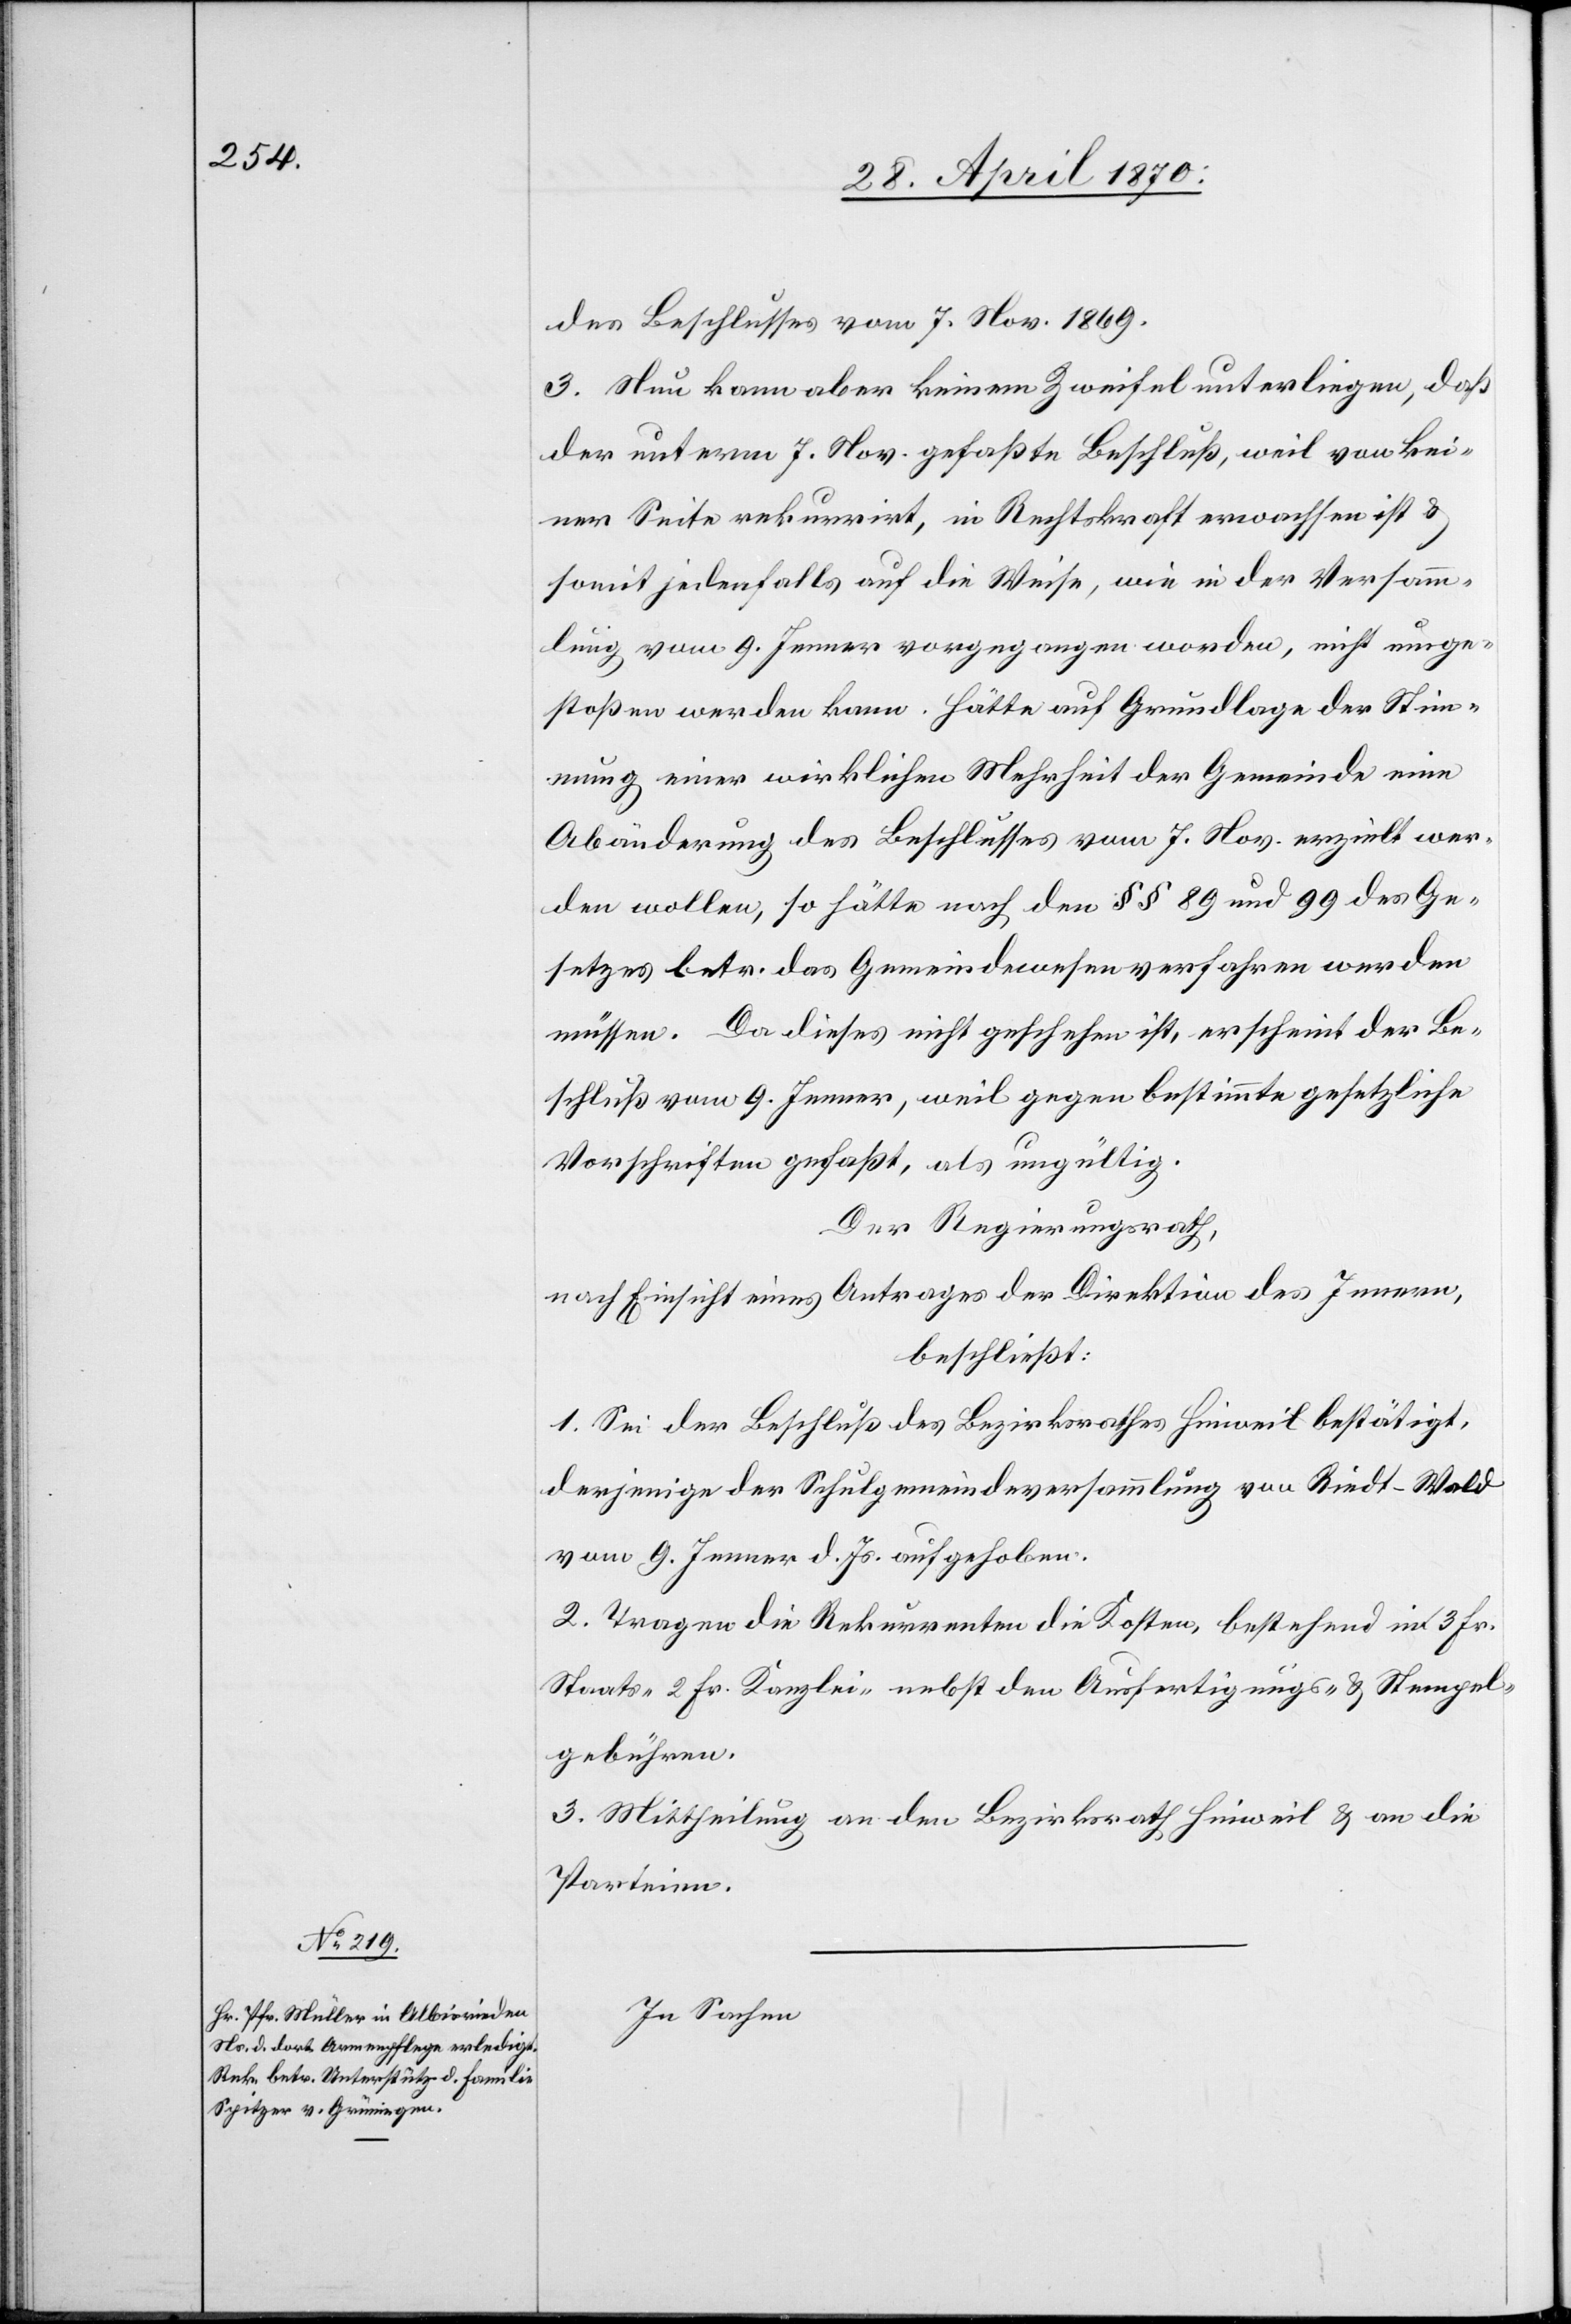
des Beschlusses vom 7. Nov. 1869.
3. Nun kann aber keinem Zweifel unterliegen, daß
der unterm 7. Nov. gefaßte Beschluß, weil von kei¬
ner Seite rekurrirt, in Rechtskraft erwachsen ist &
somit jedenfalls auf die Weise, wie in der Versamm¬
lung vom 9. Jenner vorgegangen worden, nicht umge¬
stoßen werden kann. Hätte auf Grundlage der Stim¬
mung einer wirklichen Mehrheit der Gemeinde eine
Abänderung des Beschlusses vom 7. Nov. erzielt wer¬
den wollen, so hätte nach den §§ 89 und 99 des Ge¬
setzes betr. das Gemeindewesen verfahren werden
müssen. Da dieses nicht geschehen ist, erscheint der Be¬
schluß vom 9. Jenner, weil gegen bestimmte gesetzliche
Vorschriften gefaßt, als ungültig.
Der Regierungsrath,
nach Einsicht eines Antrages der Direktion des Innern,
beschließt:
1. Sei der Beschluß des Bezirksrathes Hinweil bestätigt,
derjenige der Schulgemeindeversammlung von Riedt-Wald
vom 9. Jenner d. Js. aufgehoben.
2. Tragen die Rekurrenten die Kosten, bestehend in 3 Fr.
Staats-[,] 2 Fr. Kanzlei- nebst den Ausfertigungs- & Stempel¬
gebühren.
3. Mittheilung an den Bezirksrath Hinweil & an die
Parteien.
In Sachen